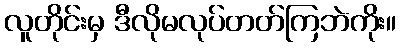
လူတိုင်းမှ ဒီလိုမလုပ်တတ်ကြဘဲကိုး။